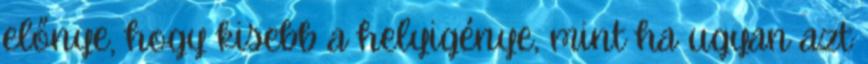
előnye, hogy kisebb a helyigénye, mint ha ugyan azt